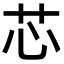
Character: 芯